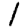
Digit: 1